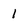
Character: 1